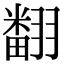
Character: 𮋒